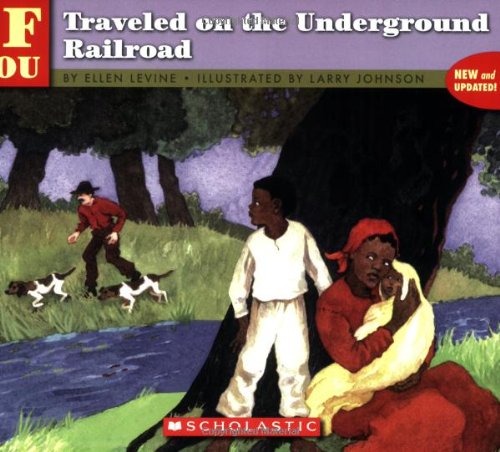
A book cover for . . . If You Traveled on the Underground Railroad; Ellen Levine; Children's Books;